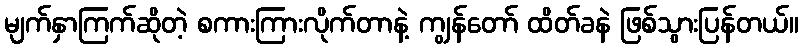
မျက်နှာကြက်ဆိုတဲ့ စကားကြားလိုက်တာနဲ့ ကျွန်တော် ထိတ်ခနဲ ဖြစ်သွားပြန်တယ်။